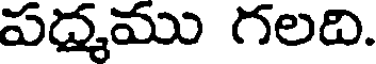
పద్మము గలది.